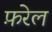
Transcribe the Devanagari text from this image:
फ़रेल